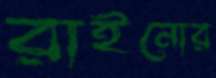
রাইনোর